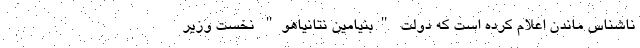
ناشناس ماندن اعلام کرده است که دولت "بنیامین نتانیاهو" نخست وزیر